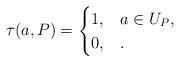
\begin{align*}\tau(a,P) = \begin{cases}1,& a\in U_P,\\0,& .\end{cases}\end{align*}